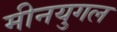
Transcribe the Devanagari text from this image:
मीनयुगल